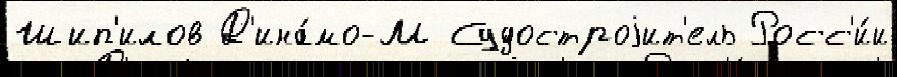
Шип'илов Д'ина́мо-М Судостроjит'ель Росс'и́и